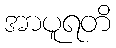
အာပူရတိ